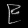
Digit: ၉